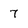
Character: 7